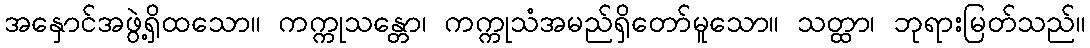
အနှောင်အဖွဲ့ရှိထသော။ ကက္ကုသန္တော၊ ကက္ကုသံအမည်ရှိတော်မူသော။ သတ္ထာ၊ ဘုရားမြတ်သည်။